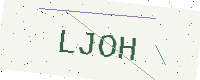
Text: LJOH